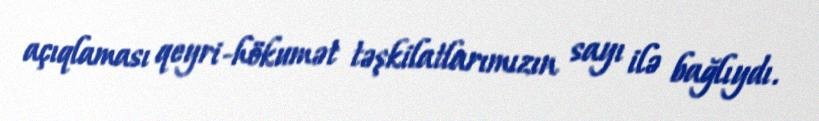
açıqlaması qeyri-hökumət təşkilatlarımızın sayı ilə bağlıydı.